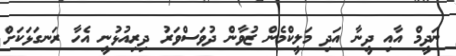
ނަދީމް އާއި ދީނާ އަދި މަލީކްމެން ޒުވާން ދުވަސްވަރު ދިރިއުޅުނީ އެހާ ރަނގަޅަކަށް